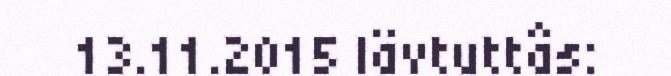
13.11.2015 Iävtuttâs: